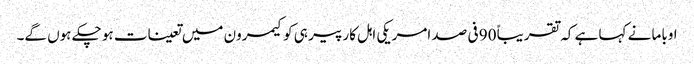
اوباما نے کہا ہے کہ تقریباً 90 فی صد امریکی اہل کار پیر ہی کو کیمرون میں تعینات ہو چکے ہوں گے۔